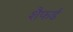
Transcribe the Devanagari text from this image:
शैफर्ड